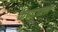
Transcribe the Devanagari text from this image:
कपटाला